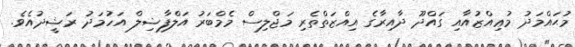
މުޙައްމަދު މުޢިއްޒުއާއި ގައްދޫ ދާއިރާގެ އިއްޒަތްތެރި މަޖްލިސް މެމްބަރު އަލްފާޟިލް އަހުމަދު ރަޝީދުއެވެ.